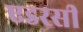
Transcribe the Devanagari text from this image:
एडरसी